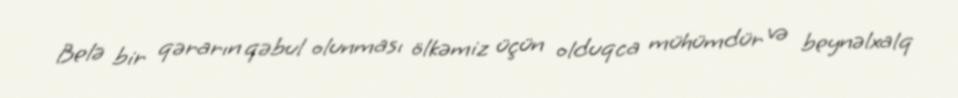
Belə bir qərarın qəbul olunması ölkəmiz üçün olduqca mühümdür və beynəlxalq